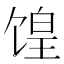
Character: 𫗮